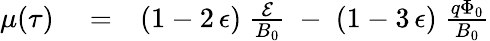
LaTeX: \begin{array}{rlr}{\mu(\tau)}&{{}=}&{(1-2\, \epsilon)\; \frac{\cal E}{B_{0}}\; -\; (1-3\, \epsilon)\; \frac{q\Phi_{0}}{B_{0}}}\end{array}